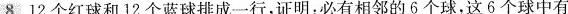
8 12个红球和12个蓝球排成一行，证明：必有相邻的6个球，这6个球中有3